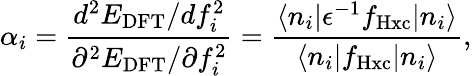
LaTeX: \alpha_{i}=\frac{d^{2}E_{\mathrm{DFT}}/df_{i}^{2}}{\partial^{2}E_{\mathrm{DFT}}/\partial f_{i}^{2}}=\frac{\langle n_{i}\vert\epsilon^{-1}f_{\mathrm{Hxc}}\vert n_{i}\rangle}{\langle n_{i}\vert f_{\mathrm{Hxc}}\vert n_{i}\rangle},